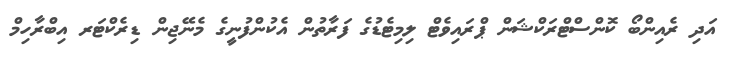
އަދި ރެއިންބޯ ކޮންސްޓްރަކްޝަން ޕްރައިވެޓް ލިމިޓެޑުގެ ފަރާތުން އެކުންފުނީގެ މެނޭޖިން ޑިރެކްޓަރ އިބްރާހިމް